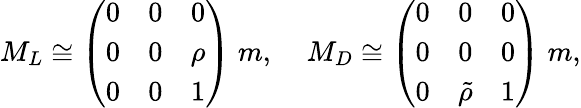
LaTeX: M_{L}\cong\left(\begin{array}{ccc}{{0}}&{{0}}&{{0}}\\ {{0}}&{{0}}&{{\rho}}\\ {{0}}&{{0}}&{{1}}\end{array}\right)\; m,\; \; \; \; M_{D}\cong\left(\begin{array}{ccc}{{0}}&{{0}}&{{0}}\\ {{0}}&{{0}}&{{0}}\\ {{0}}&{{\tilde{\rho}}}&{{1}}\end{array}\right)\; m,